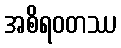
အစိရဝတဿ